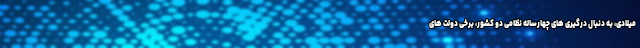
میلادی، به دنبال درگیری های چهارساله نظامی دو کشور، برخی دولت های